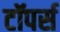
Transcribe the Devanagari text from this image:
टॉपर्स